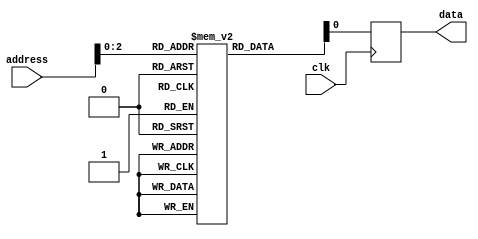
module programmable_ROM (
    input wire clk,
    input wire [N-1:0] address,
    output reg data
);

parameter N = 8; // Number of address lines
parameter M = 256; // Number of memory blocks

reg [M-1:0] memory [N-1:0];

always @ (posedge clk) begin
    data <= memory[address];
end

endmodule